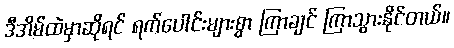
ဒီအိမ်ထဲမှာဆိုရင် ရက်ပေါင်းများစွာ ကြာချင် ကြာသွားနိုင်တယ်။